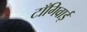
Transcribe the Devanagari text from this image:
टाँगिवाई